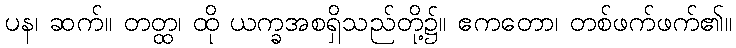
ပန၊ ဆက်။ တတ္ထ၊ ထို ယက္ခအစရှိသည်တို့၌။ ဧကတော၊ တစ်ဖက်ဖက်၏။